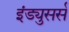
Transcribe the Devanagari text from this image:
इंड्युसर्स